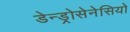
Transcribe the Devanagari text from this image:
डेन्ड्रोसेनेसियो